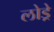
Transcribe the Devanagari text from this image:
लोड्रे